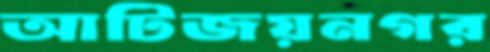
আটিজয়নগর